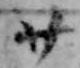
廿